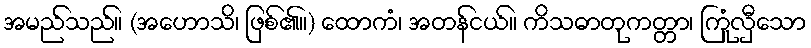
အမည်သည်။ (အဟောသိ၊ ဖြစ်၏။) ထောကံ၊ အတန်ငယ်။ ကိသဓာတုကတ္တာ၊ ကြုံလှီသော